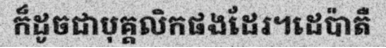
ក៏ដូចជាបុគ្គលិកផងដែរ។ដេប៉ាតឺ